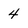
Character: 4